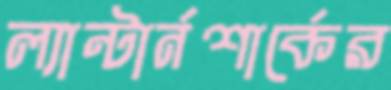
ল্যান্টার্নশার্কের